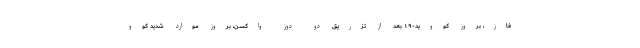
فاز، بروز کووید-۱۹ بعد از تزریق دو دوز واکسن، بروز موارد شدید کوو